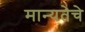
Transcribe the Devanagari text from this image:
मान्यतेचे